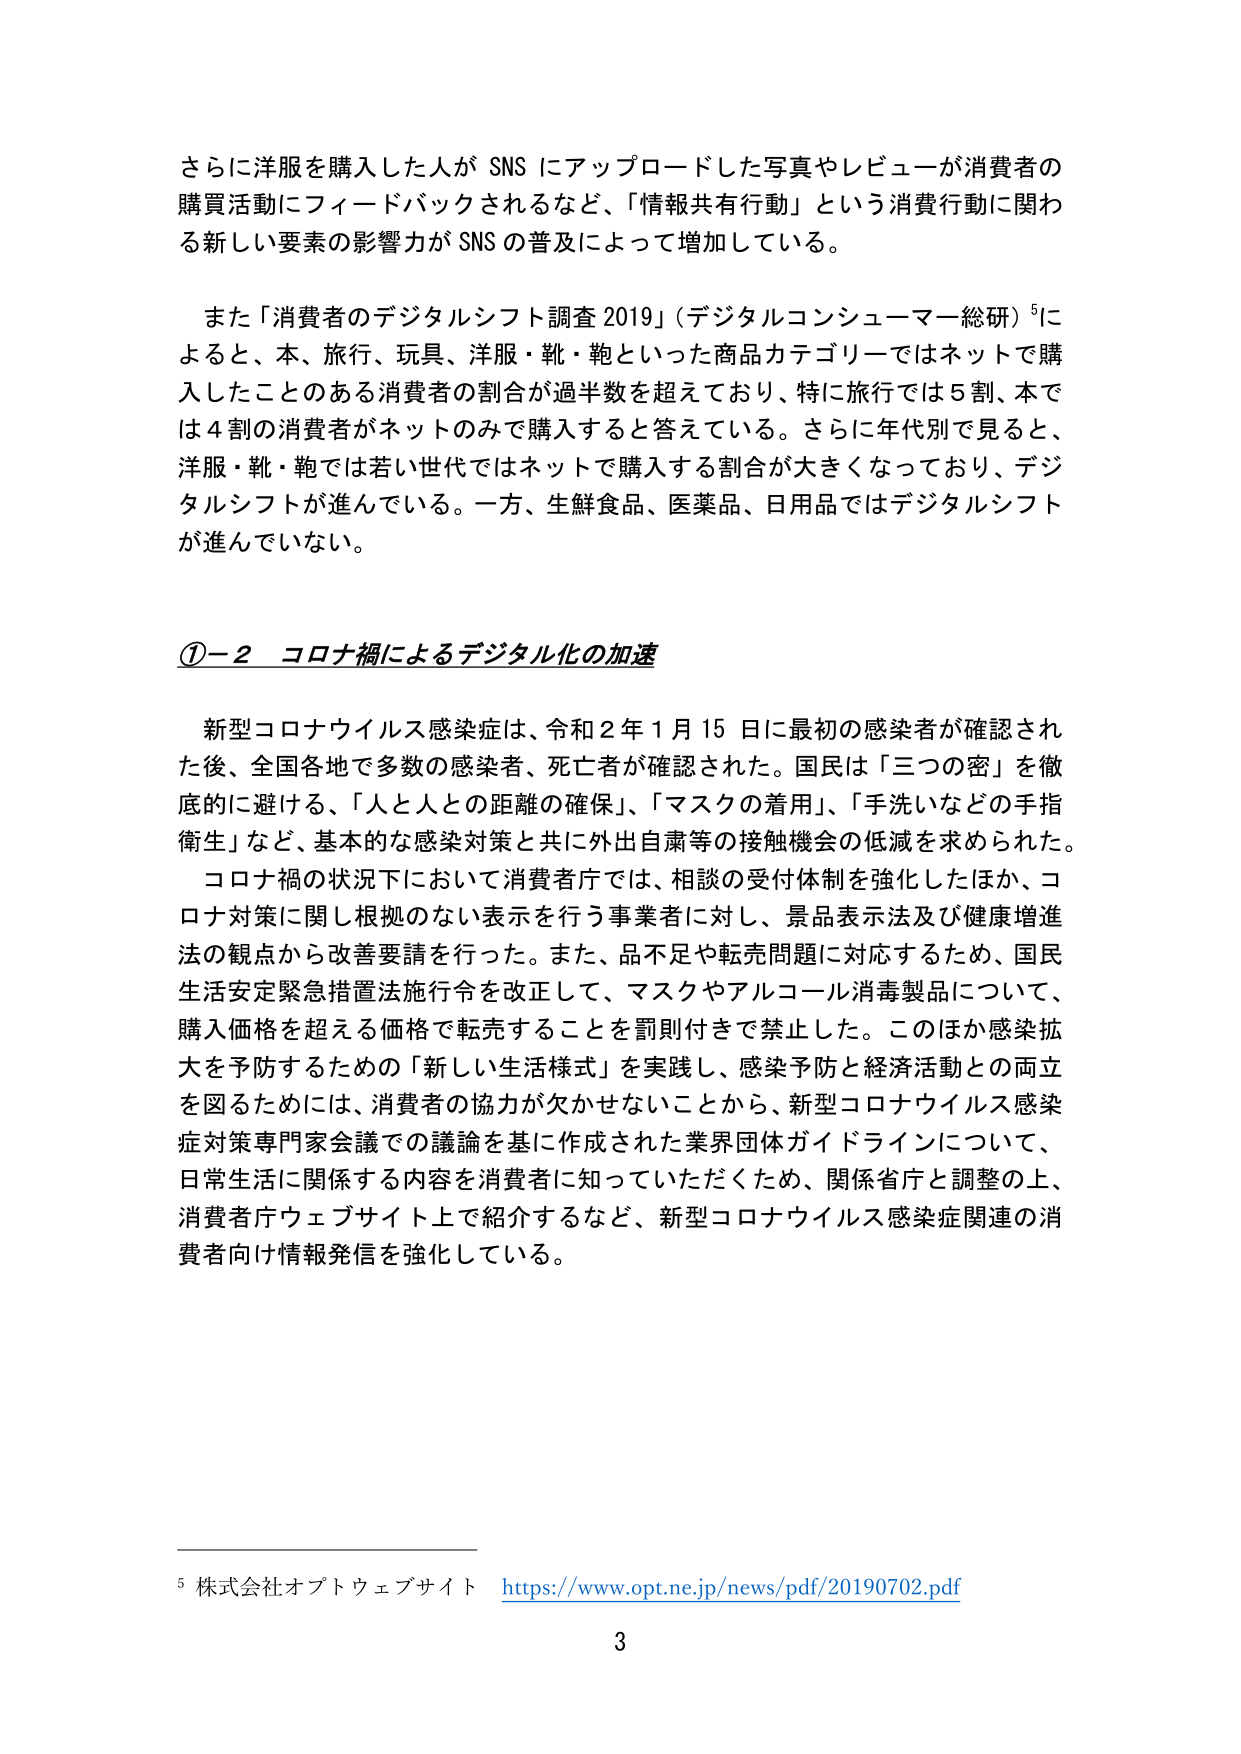
さらに洋服を購入した人が SNS にアップロードした写真やレビューが消費者の購買活動にフィードバックされるなど、「情報共有行動」という消費行動に関わる新しい要素の影響力が SNS の普及によって増加している。

また「消費者のデジタルシフト調査 2019」（デジタルコンシューマー総研）⁵によると、本、旅行、玩具、洋服・靴・鞄といった商品カテゴリーではネットで購入したことのある消費者の割合が過半数を超えており、特に旅行では５割、本では４割の消費者がネットのみで購入すると答えている。さらに年代別で見ると、洋服・靴・鞄では若い世代ではネットで購入する割合が大きくなっており、デジタルシフトが進んでいる。一方、生鮮食品、医薬品、日用品ではデジタルシフトが進んでいない。

①－２ コロナ禍によるデジタル化の加速

新型コロナウイルス感染症は、令和２年１月15日に最初の感染者が確認された後、全国各地で多数の感染者、死亡者が確認された。国民は「三つの密」を徹底的に避ける、「人と人との距離の確保」、「マスクの着用」、「手洗いなどの手指衛生」など、基本的な感染対策と共に外出自粛等の接触機会の低減を求められた。

コロナ禍の状況下において消費者庁では、相談の受付体制を強化したほか、コロナ対策に関し根拠のない表示を行う事業者に対し、景品表示法及び健康増進法の観点から改善要請を行った。また、品不足や転売問題に対応するため、国民生活安定緊急措置法施行令を改正して、マスクやアルコール消毒製品について、購入価格を超える価格で転売することを罰則付きで禁止した。このほか感染拡大を予防するための「新しい生活様式」を実践し、感染予防と経済活動との両立を図るためには、消費者の協力が欠かせないことから、新型コロナウイルス感染症対策専門家会議での議論を基に作成された業界団体ガイドラインについて、日常生活に関係する内容を消費者に知っていただくため、関係省庁と調整の上、消費者庁ウェブサイト上で紹介するなど、新型コロナウイルス感染症関連の消費者向け情報発信を強化している。

⁵ 株式会社オプトウェブサイト https://www.opt.ne.jp/news/pdf/20190702.pdf

3